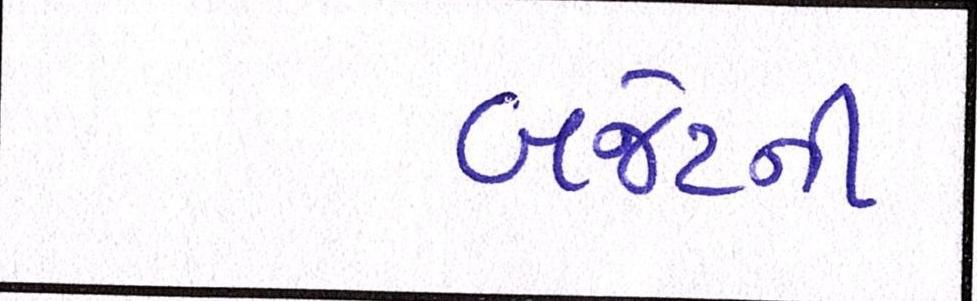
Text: બજેટની